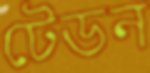
টেডন